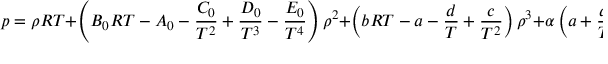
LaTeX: p = \rho R T + \left( B _ { 0 } R T - A _ { 0 } - { \frac { C _ { 0 } } { T ^ { 2 } } } + { \frac { D _ { 0 } } { T ^ { 3 } } } - { \frac { E _ { 0 } } { T ^ { 4 } } } \right) \rho ^ { 2 } + \left( b R T - a - { \frac { d } { T } } + { \frac { c } { T ^ { 2 } } } \right) \rho ^ { 3 } + \alpha \left( a + { \frac { d } { T } } \right) \rho ^ { 6 }